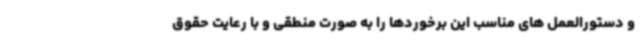
و دستورالعمل های مناسب این برخوردها را به صورت منطقی و با رعایت حقوق